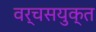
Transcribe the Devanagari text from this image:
वर्चसयुक्त